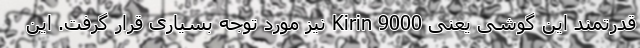
قدرتمند این گوشی یعنی Kirin 9000 نیز مورد توجه بسیاری قرار گرفت. این